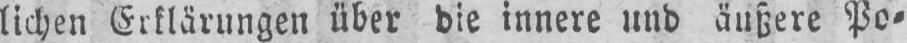
lichen Erklärungen über die innere und äußere Po⸗